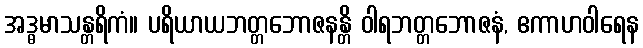
အဒ္ဓမာသန္တရိကံ။ ပရိယာယဘတ္တဘောဇနန္တိ ဝါရဘတ္တဘောဇနံ, ဧကာဟဝါရေန